Problem: 42 - 27 = ?
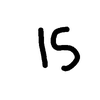
Handwritten answer: 15